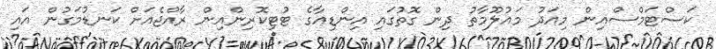
ކަސްޓަމްސްއިން މިއަދު މައުލޫމާތު ދިން ގޮތުގައި އިންޑިއާގެ ޓުޓިކޮރިންއިން ރާއްޖެއަށް ކަނޑުމަގުން އައި